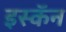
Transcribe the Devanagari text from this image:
इस्कॅन